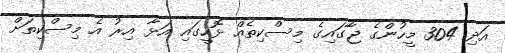
އަދި 304 މީހުންގެ ޖާގައިގެ މިސްކިތެއް ޅޮހީގައި އަޅާ އިރު އެ މިސްކިތަށް